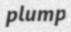
plump